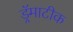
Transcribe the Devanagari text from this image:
ड्रॅमाटीक